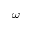
\omega